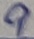
Text: 9